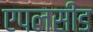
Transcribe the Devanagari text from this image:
एपलसीड